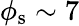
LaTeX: \phi_{\mathrm{s}}\sim 7